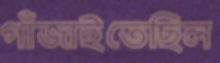
গাঁজাইতেছিল